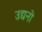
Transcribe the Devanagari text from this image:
उद्यनो